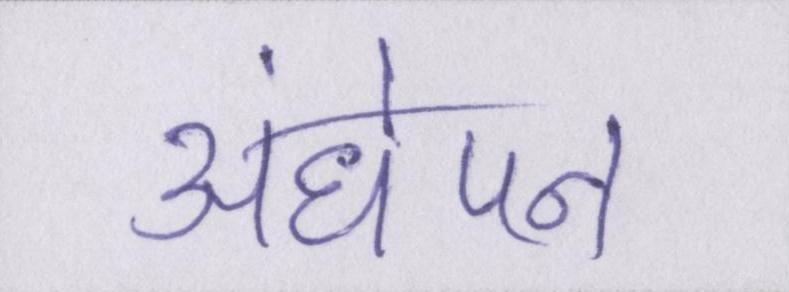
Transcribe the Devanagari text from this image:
अंधेपन